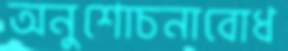
অনুশোচনাবোধ